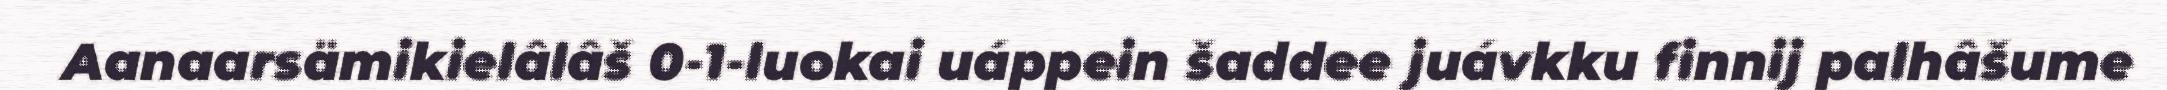
Aanaarsämikielâlâš 0-1-luokai uáppein šaddee juávkku finnij palhâšume